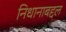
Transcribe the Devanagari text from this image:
निधानाबद्दल